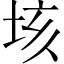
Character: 垓